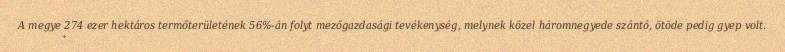
A megye 274 ezer hektáros termőterületének 56%-án folyt mezőgazdasági tevékenység, melynek közel háromnegyede szántó, ötöde pedig gyep volt.